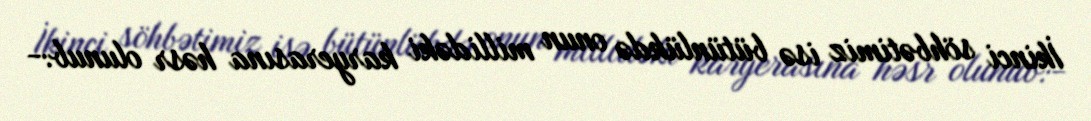
İkinci söhbətimiz isə bütünlükdə onun millidəki karyerasına həsr olunub:-